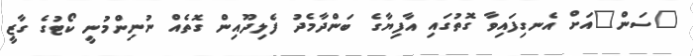
"ސަން"އަށް އެނގިފައިވާ ގޮތުގައި އާފިޔާގެ ބަންދާމެދު ފެލިދޫއިން ގޮތެއް ނުނިންމުނީ ކޯޓުގެ ގާޒީ